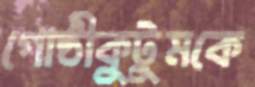
গোষ্ঠীকুটুমকে